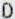
D